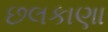
છલકાણા